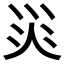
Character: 𱪺